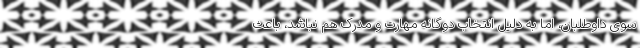
سوی داوطلبان، اما به دلیل انتخاب دوگانه مهارت و مدرک هم نباشد، باعث